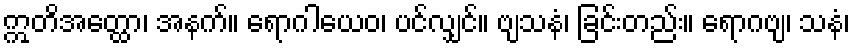
ဣတိအတ္ထော၊ အနက်။ ရောဂါယေဝ၊ ပင်လျှင်။ ဗျသနံ၊ ခြင်းတည်း။ ရောဂဗျ၊ သနံ၊